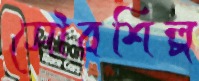
সৌরশিল্প